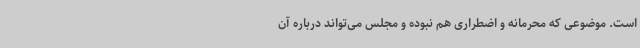
است. موضوعی که محرمانه و اضطراری هم نبوده و مجلس می‌تواند درباره آن